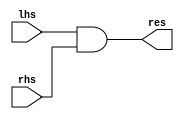
`timescale 1ns / 1ps

module AND (
    input [31:0] lhs,
    input [31:0] rhs,
    output [31:0] res
);
    assign res = lhs & rhs;
endmodule